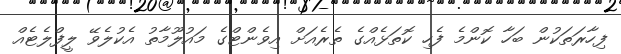
ފިހާރަތަކުން ބަހާ ކޮންމެ ފެހި ކޮތަޅެއްގެ ތެރެއަށް އިވެންޓްގެ މައުލޫމާތު އެކުލެވޭ ލީފްލެޓެއް